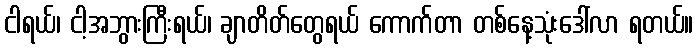
ငါရယ်၊ ငါ့အဘွားကြီးရယ်၊ ချာတိတ်တွေရယ် ကောက်တာ တစ်နေ့သုံးဒေါ်လာ ရတယ်။